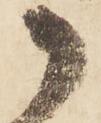
御